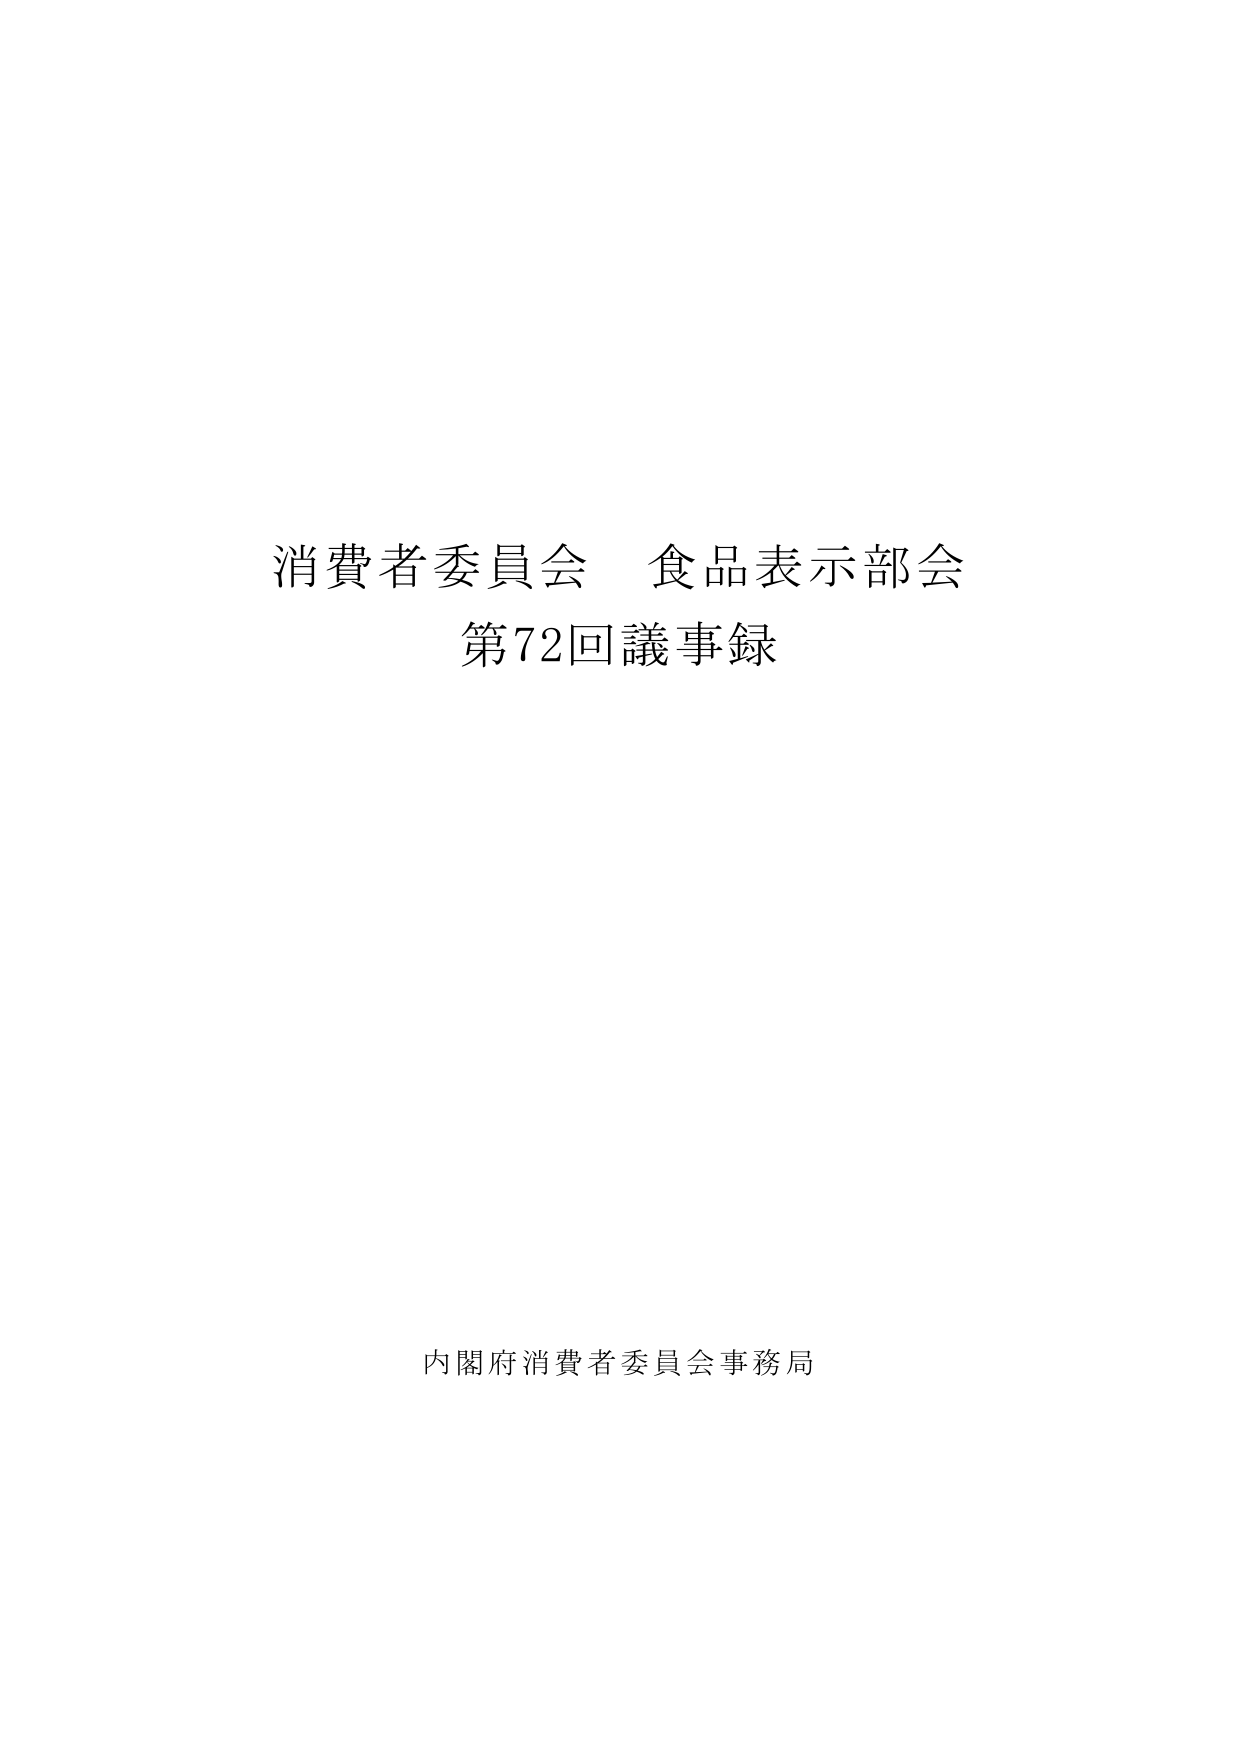
消費者委員会 食品表示部会
第72回議事録

内閣府消費者委員会事務局